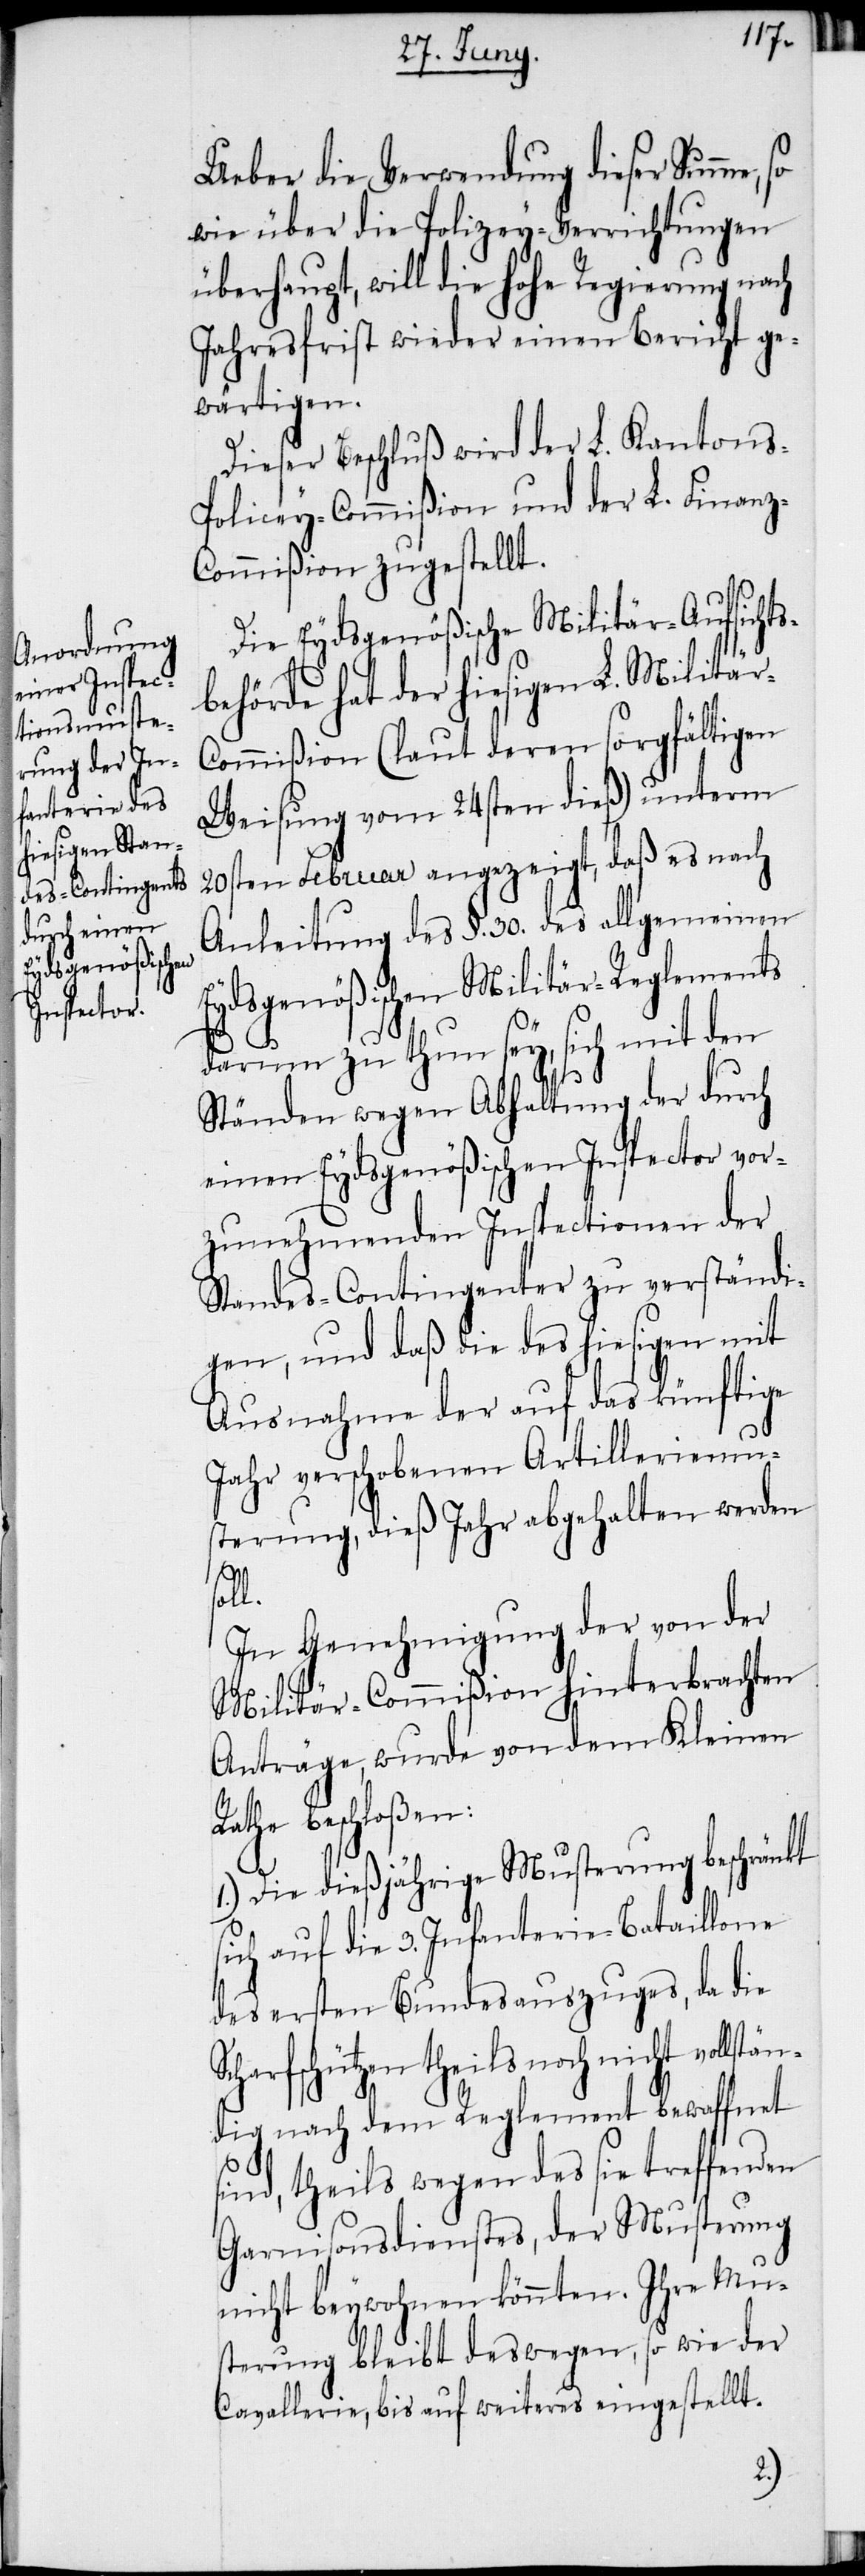
Ueber die Verwendung dieser Summe,
wie über die Polizey-Verrichtungen
überhaupt, will die hohe Regierung nach
Jahresfrist wieder einen Bericht ge¬
wärtigen.
Dieser Beschluß wird der L. Kantons-P¬
olicey-Commißion und der L. Finan¬
z-Commißion zugestellt.
Die Eydsgenößische Militär-Aufsichts¬
behörde hat der hiesigen L. Militä¬
ommißion (laut deren sorgfältigen
Weisung vom 24sten dieß) unterm
20sten Februar angezeigt, daß es nach
Anleitung des §. 30. des allgemeinen
Eydsgenößischen Militär-Reglements
darum zu thun sey, sich mit den
Ständen wegen Abhaltung der durch
einen Eydsgenößischen Inspector vor¬
zunehmenden Inspectionen der
Standes-Contingenter zu verständi¬
gen, und daß die hiesigen mit
Ausnahme der auf das künftige
Jahr verschobenen Artilleriemus¬
terung, dieß Jahr abgehalten werden
r-C¬
soll.
In Genehmigung der von der
Militär-Commißion hinterbrachten
Anträge, wurde von dem Kleinen
beschloßen:
1.) Die dießjährige Musterung beschränkt
sich auf die 3. Infanterie-Bataillone
des ersten Bundesauszuges, da die
Scharfschützen theils noch nicht vollstän¬
dig nach dem Reglement bewaffnet
sind, theils wegen des sie treffenden
Garnisonsdienstes, der Musterung
nicht beywohnen könnten. Ihre Mus¬
terung bleibt deswegen, so wie der
Cavallerie, bis auf weiteres eingestellt.